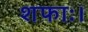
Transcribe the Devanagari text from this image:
शफाः।